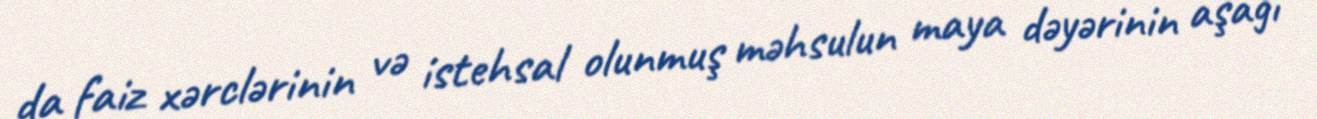
da faiz xərclərinin və istehsal olunmuş məhsulun maya dəyərinin aşağı